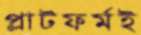
প্লাটফর্মই